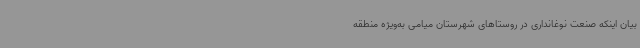
بیان اینکه صنعت نوغانداری در روستاهای شهرستان میامی به‌ویژه منطقه